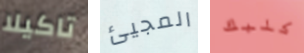
تاكيلا المجيئ كلبك